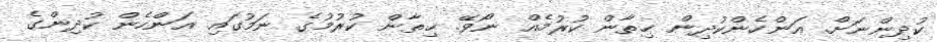
ކުދިންނަށް. އަންހެންކުދިން ޚިތާން ކުރުމެއް ނޯވޭ. ޚިތާން ކުރުމުގެ ނަމުގައި އަންހެން ކުދިންގެ